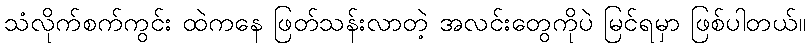
သံလိုက်စက်ကွင်း ထဲကနေ ဖြတ်သန်းလာတဲ့ အလင်းတွေကိုပဲ မြင်ရမှာ ဖြစ်ပါတယ်။